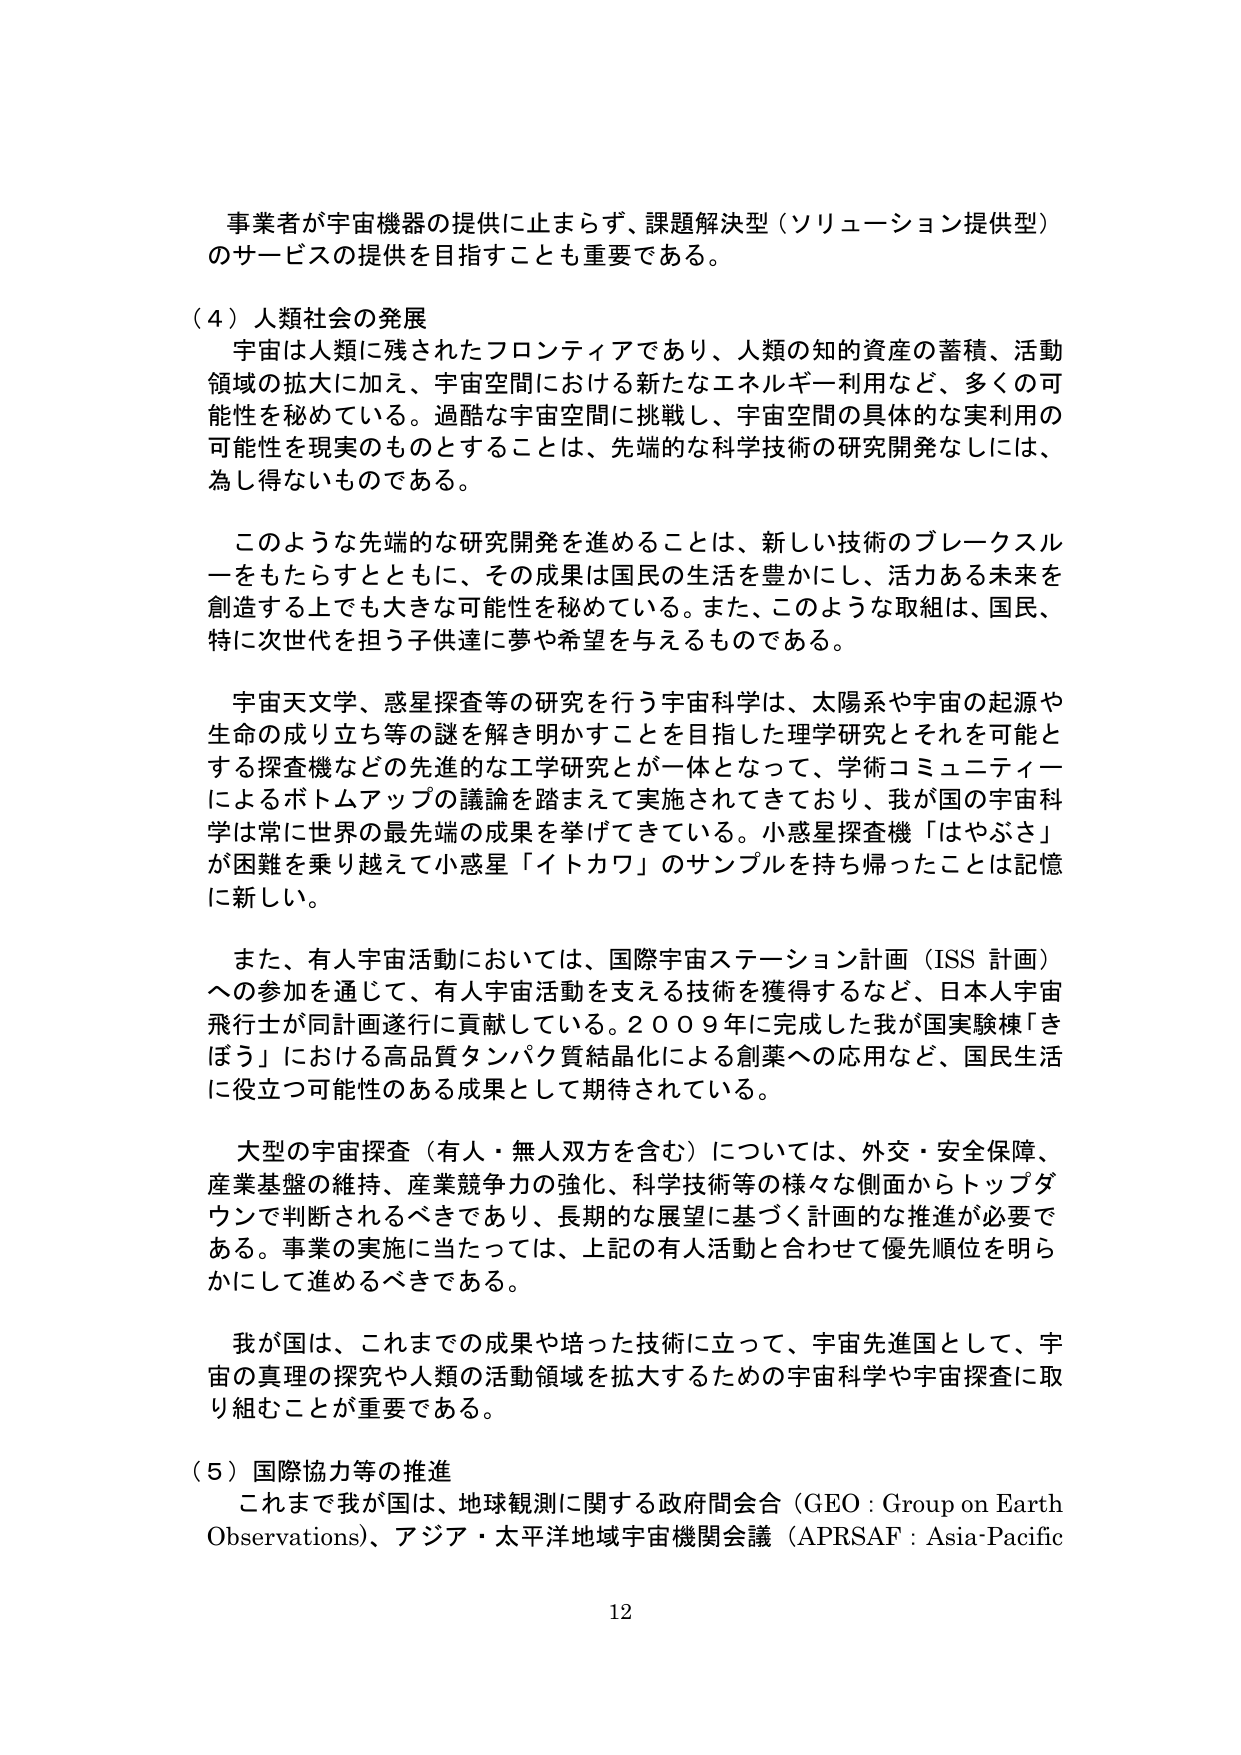
事業者が宇宙機器の提供に止まらず、課題解決型（ソリューション提供型）のサービスの提供を目指すことも重要である。

（４）人類社会の発展
宇宙は人類に残されたフロンティアであり、人類の知的資産の蓄積、活動領域の拡大に加え、宇宙空間における新たなエネルギー利用など、多くの可能性を秘めている。過酷な宇宙空間に挑戦し、宇宙空間の具体的な実利用の可能性を現実のものとすることは、先端的な科学技術の研究開発なしには、為し得ないものである。

このような先端的な研究開発を進めることは、新しい技術のブレークスルーをもたらすとともに、その成果は国民の生活を豊かにし、活力ある未来を創造する上でも大きな可能性を秘めている。また、このような取組は、国民、特に次世代を担う子供達に夢や希望を与えるものである。

宇宙天文学、惑星探査等の研究を行う宇宙科学は、太陽系や宇宙の起源や生命の成り立ち等の謎を解き明かすことを目指した理学研究とそれを可能とする探査機などの先進的な工学研究とが一体となって、学術コミュニティーによるボトムアップの議論を踏まえて実施されてきており、我が国の宇宙科学は常に世界の最先端の成果を挙げてきている。小惑星探査機「はやぶさ」が困難を乗り越えて小惑星「イトカワ」のサンプルを持ち帰ったことは記憶に新しい。

また、有人宇宙活動においては、国際宇宙ステーション計画（ISS 計画）への参加を通じて、有人宇宙活動を支える技術を獲得するなど、日本人宇宙飛行士が同計画遂行に貢献している。２００９年に完成した我が国実験棟「きぼう」における高品質タンパク質結晶化による創薬への応用など、国民生活に役立つ可能性のある成果として期待されている。

大型の宇宙探査（有人・無人双方を含む）については、外交・安全保障、産業基盤の維持、産業競争力の強化、科学技術等の様々な側面からトップダウンで判断されるべきであり、長期的な展望に基づく計画的な推進が必要である。事業の実施に当たっては、上記の有人活動と合わせて優先順位を明らかにして進めるべきである。

我が国は、これまでの成果や培った技術に立って、宇宙先進国として、宇宙の真理の探究や人類の活動領域を拡大するための宇宙科学や宇宙探査に取り組むことが重要である。

（５）国際協力等の推進
これまで我が国は、地球観測に関する政府間会合（GEO：Group on Earth Observations）、アジア・太平洋地域宇宙機関会議（APRSAF：Asia-Pacific

12